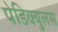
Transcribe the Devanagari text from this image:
पेडिक्युलस